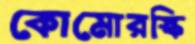
কোমোরস্কি